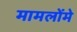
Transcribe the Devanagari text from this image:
मामलोंमे